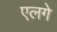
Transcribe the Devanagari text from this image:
एलगे